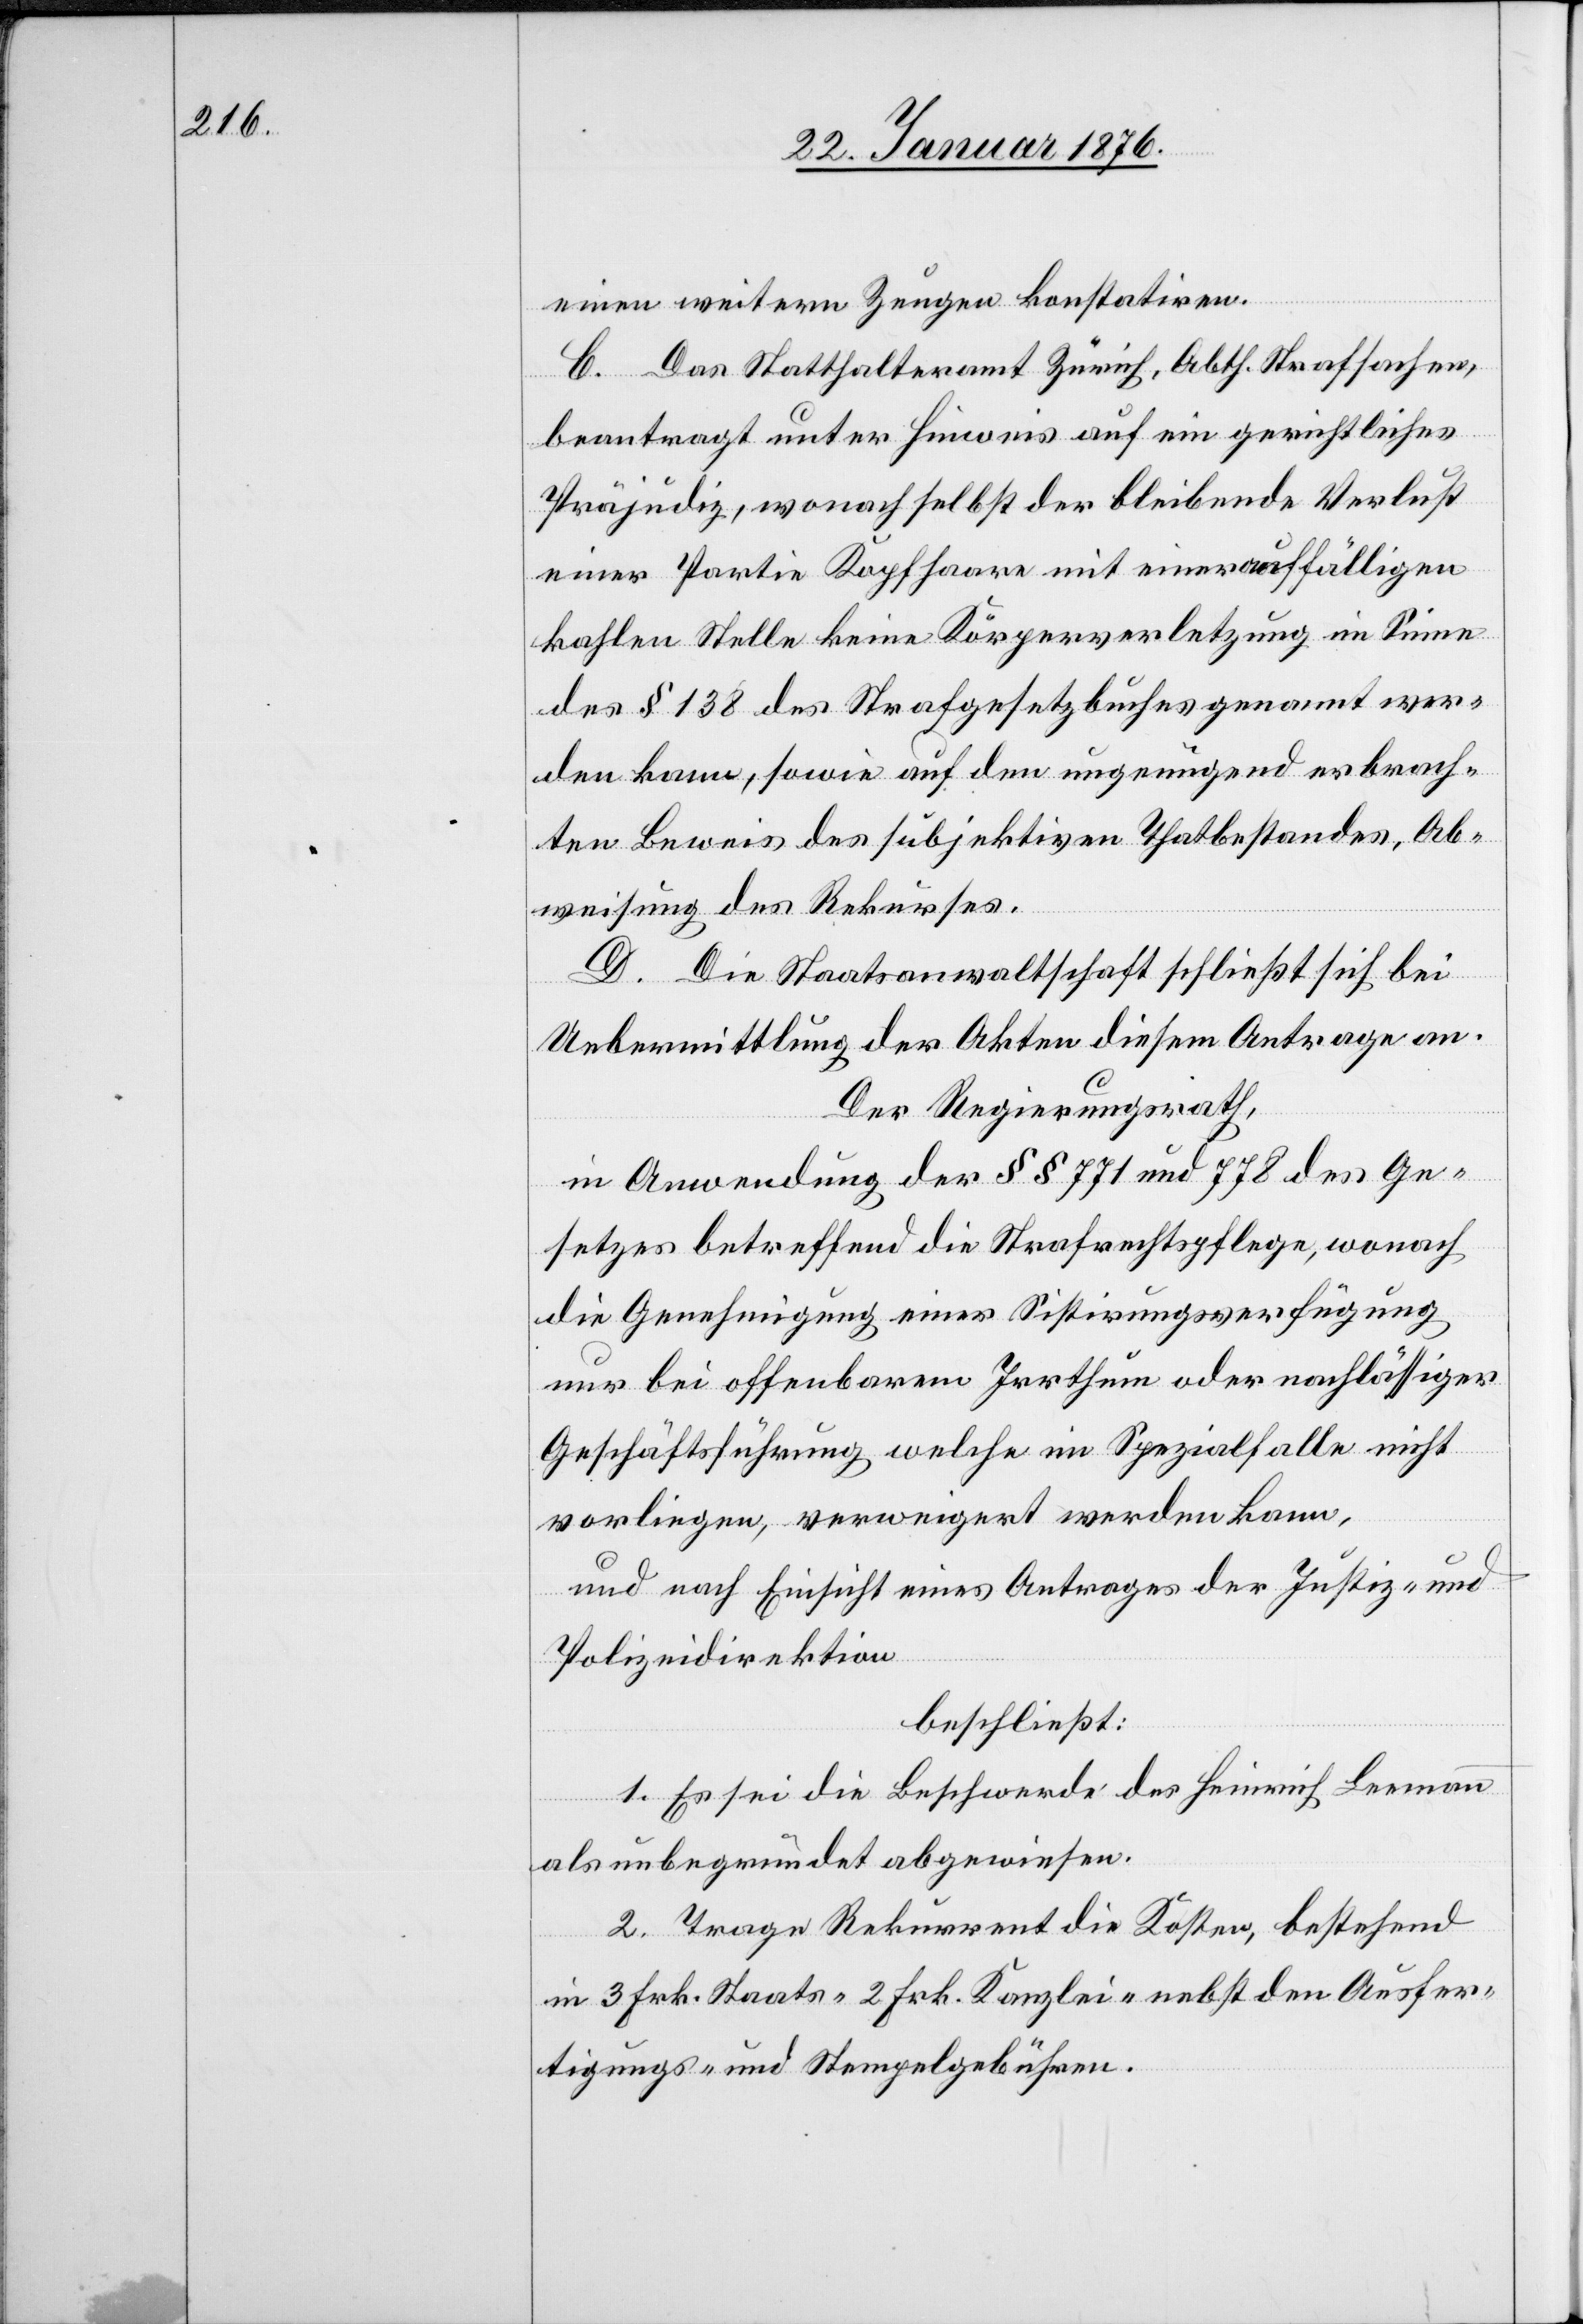
einen weitern Zeugen konstatiren.
C. Das Statthalteramt Zürich, Abth. Strafsachen,
beantragt unter Hinweis auf ein gerichtliches
Präjudiz, wonach selbst der bleibende Verlust
einer Partie Kopfhaare mit einer auffälligen
kahlen Stelle keine Körperverletzung im Sinne
des § 138 des Strafgesetzbuches genannt wer¬
den kann, sowie auf den ungenügende erbrach¬
ten Beweis des subjektiven Thatbestandes, Ab¬
weisung des Rekurses.
D. Die Staatsanwaltschaft schließt sich bei
Uebermittlung der Akten diesem Antrage an.
Der Regierungsrath,
in Anwendung der §§ 771 und 778 des Ge¬
setzes betreffend die Strafrechtspflege, wonach
die Genehmigung einer Sistirungsverfügung
nur bei offenbarem Irrthum oder nachlässiger
Geschäftsführung welche im Spezialfalle nicht
vorliegen, verweigert werden kann,
und nach Einsicht eines Antrage der Justiz- und
Polizeidirektion
beschließt:
1. Es sei die Beschwerde des Heinrich Leemann
als unbegründet abgewiesen.
2. Trage Rekurrent die Kosten, bestehend
in 3 Frk. Staats- 2 Frk. Kanzlei- nebst den Ausfer¬
tigungs- und Stempelgebühren.